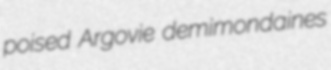
poised Argovie demimondaines